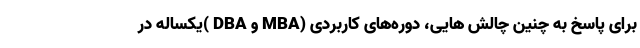
برای پاسخ به چنین چالش هایی، دوره‌های کاربردی (MBA و DBA )یکساله در